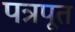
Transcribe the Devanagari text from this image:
पत्रपूत